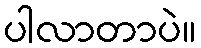
ပါလာတာပဲ။